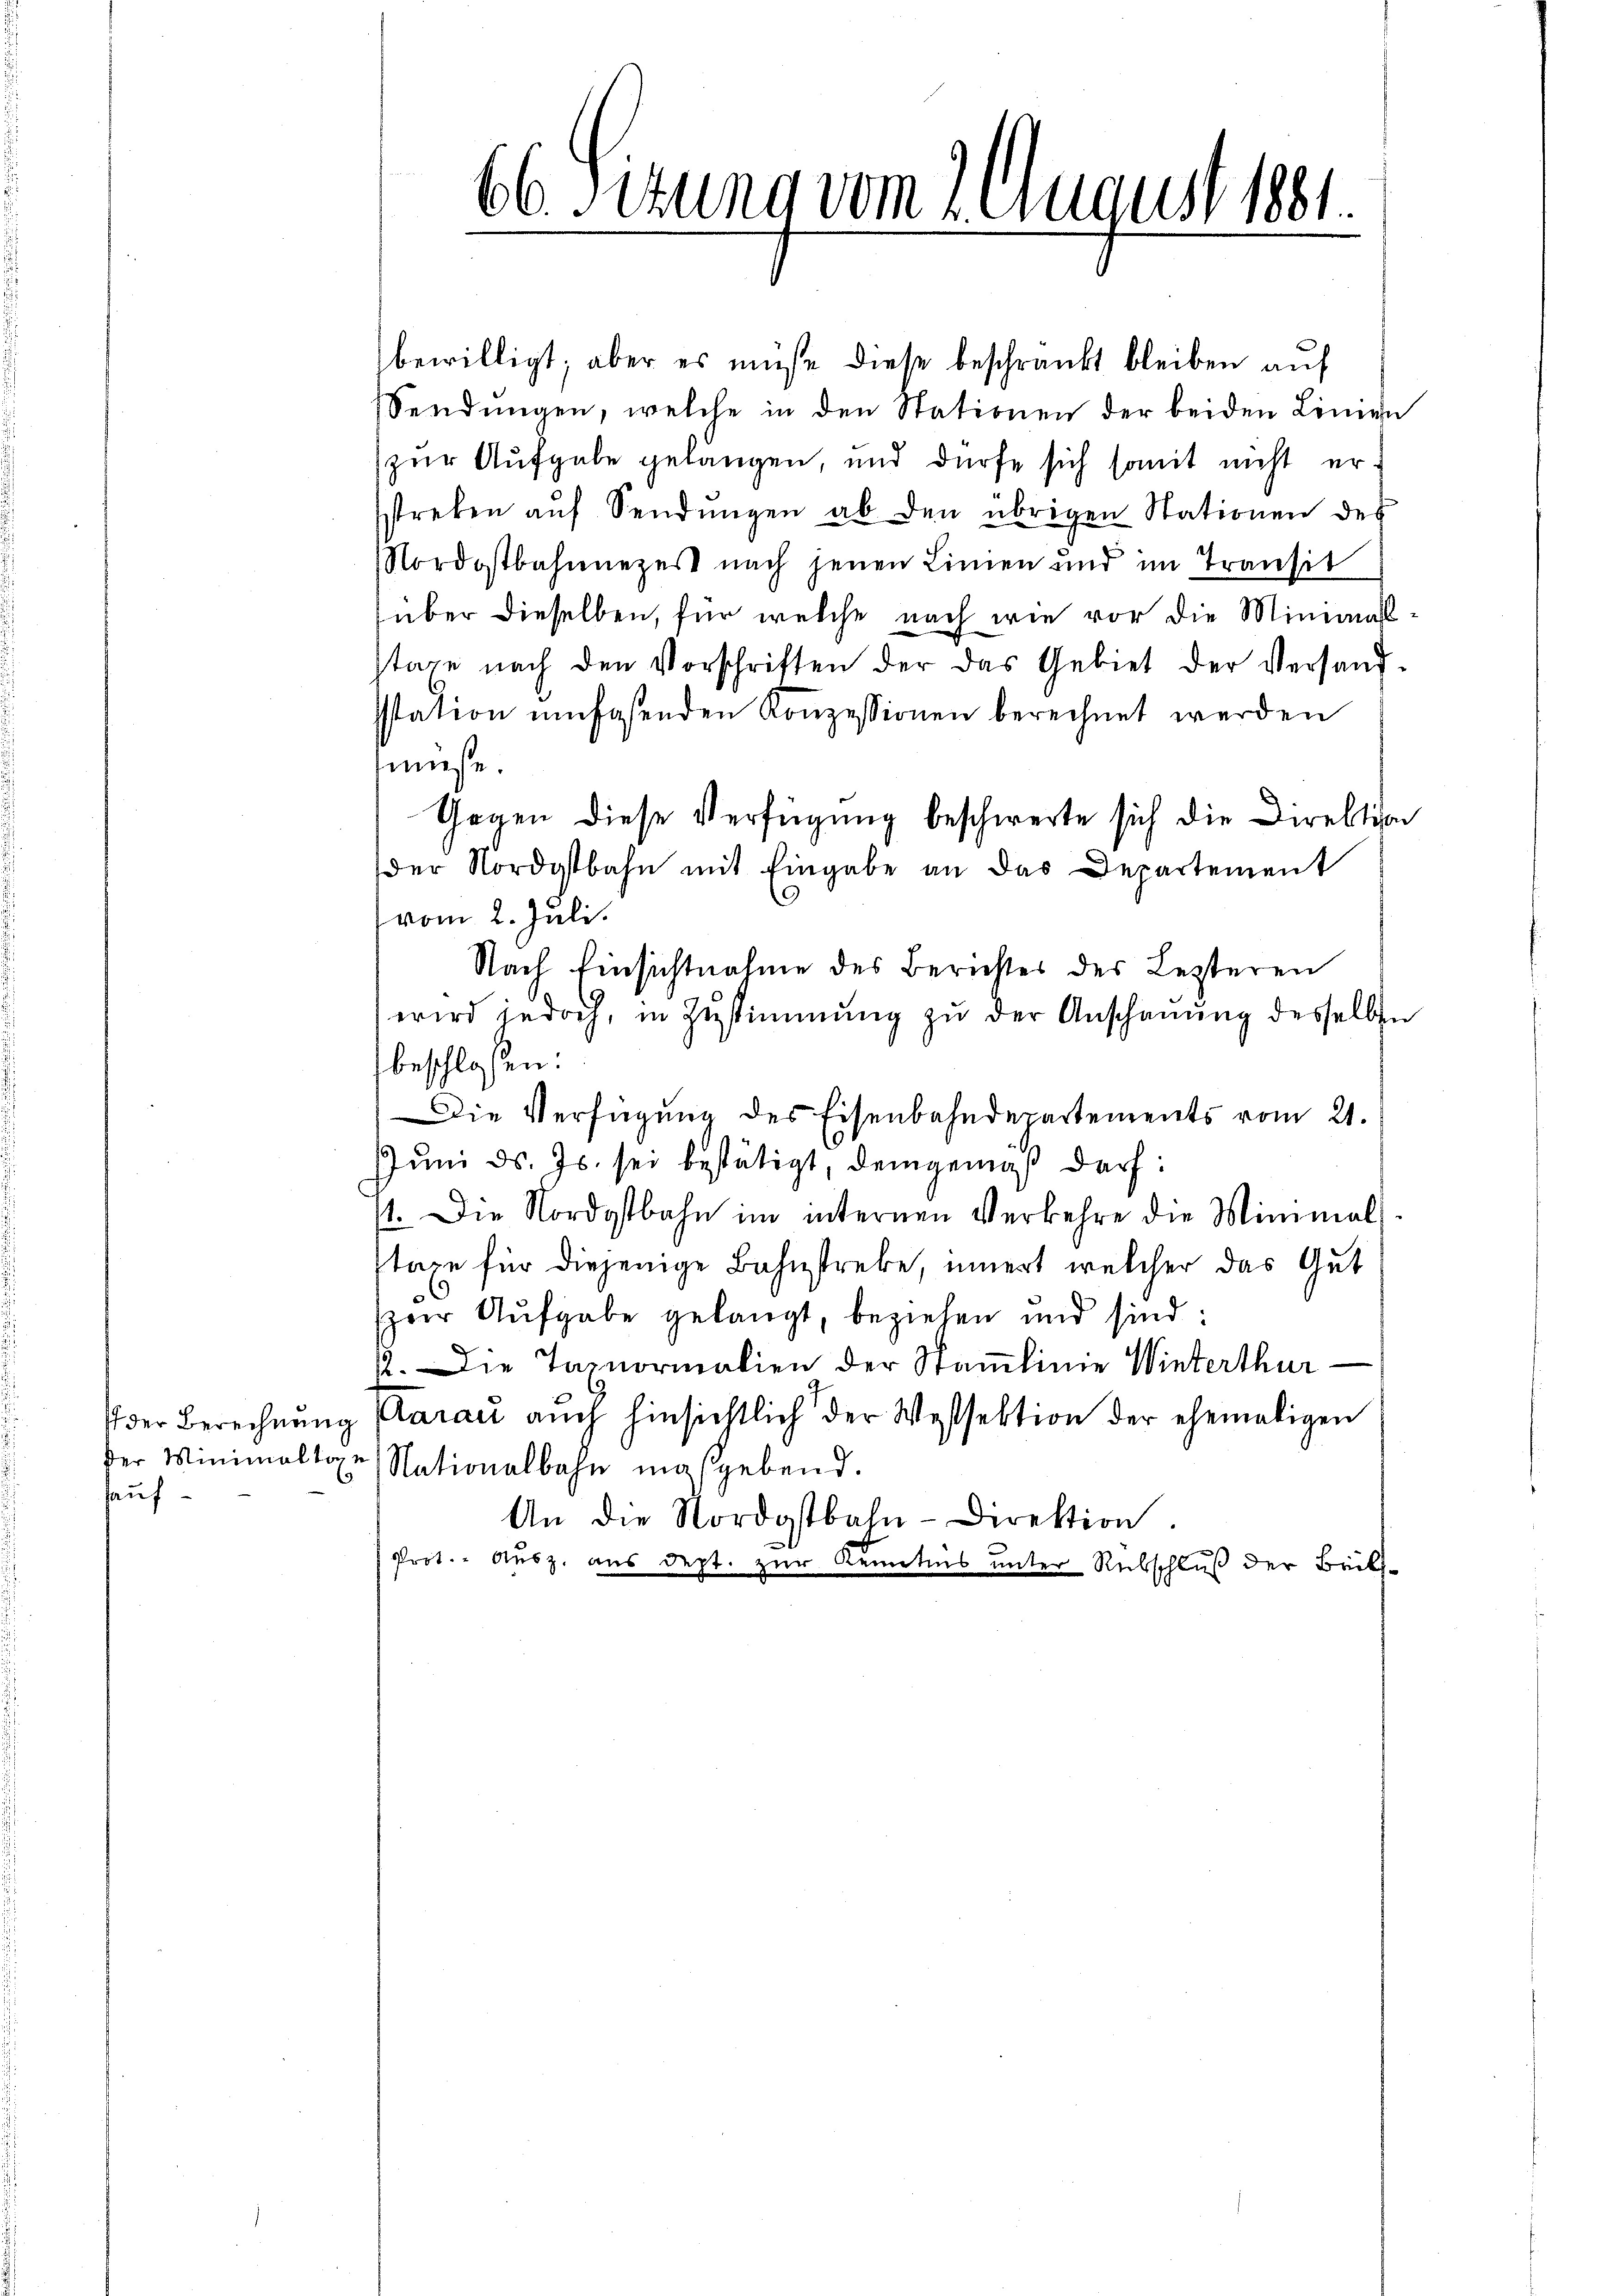
hauf-

66 Sizung vom 2. August 1881.

bewilligt; aber es müße diese beschränkt bleiben auf
Sendungen, welche in den Stationen der beiden Linien
zur Aufgabe gelangen, und dürfe sich somit nicht er
streben aŭf Sendŭngen ab den übrigen Stationen des
Nordostbahnnezert nach jenen Linien und im Transit
über dieselben, für welche nach wie vor die Minimalstage nach den Vorschriften der das Gebiet der Versandsstation umfasenden Konzessionen berechnet werden
müse.
Gegen diese Verfügung beschwerte sich die Direktion
der Nordostbahn mit Eingabe an das Departement
vom 2. Juli.
Nach Einsichtnahme des Berichtes des Lezteren
wird jedoch, in Zustimmung zu der Anschauung desselben
beschlossen:
Die Verfügung des Eisenbahndepartements vom 21.
Juni d. Js. sei bestätigt, demgemäß darf:
st. Die Nordostbahn im internen Verkehre die Minimals
taxe für diejenige Bahnstreke, innert welcher das Gut
spoer Aufgabe gelangt, beziehen und sind:
12. Die Taxnormalien der Stamlinie Winterthur
der Berechnŭng Klaraṅ aŭch hinsichtlich der Wassektion der ehemaligen
der Minimaltaxe, Nationalbahn maßgebend.
An die Nordostbahn-Direktion.
Prot. - Ausz. aus dept. zur Kenntnis unter Rückschluß der Brill¬